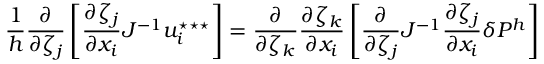
\frac { 1 } { { h } } \frac { \partial } { \partial \zeta _ { j } } \left[ \frac { \partial \zeta _ { j } } { \partial x _ { i } } J ^ { - 1 } u _ { i } ^ { \star \star \star } \right] = \frac { \partial } { \partial \zeta _ { k } } \frac { \partial \zeta _ { k } } { \partial x _ { i } } \left[ \frac { \partial } { \partial \zeta _ { j } } J ^ { - 1 } \frac { \partial \zeta _ { j } } { \partial x _ { i } } \delta P ^ { { h } } \right]